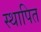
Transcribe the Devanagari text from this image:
स्थापित